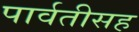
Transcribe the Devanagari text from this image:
पार्वतीसह